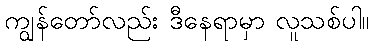
ကျွန်တော်လည်း ဒီနေရာမှာ လူသစ်ပါ။